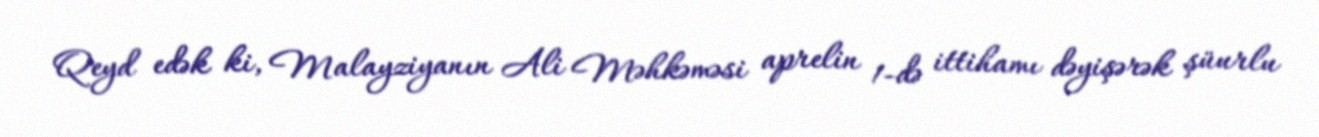
Qeyd edək ki, Malayziyanın Ali Məhkəməsi aprelin 1-də ittihamı dəyişərək şüurlu